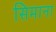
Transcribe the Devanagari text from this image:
सिमाना